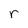
Character: r